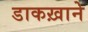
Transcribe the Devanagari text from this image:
डाकख़ाने